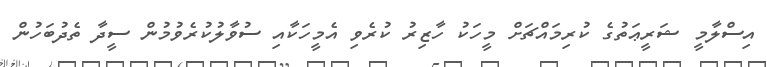
އިސްލާމީ ޝަރީޢަތުގެ ކުރިމައްޗަށް މީހަކު ހާޒިރު ކުރެވި އެމީހަކާއި ސުވާލުކުރެވުމުން ސީދާ ތެދުބަހުން